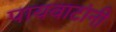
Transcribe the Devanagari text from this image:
पायवाटांनी